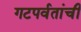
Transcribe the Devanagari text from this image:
गटपर्वतांची